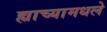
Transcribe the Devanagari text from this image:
ह्याच्यामधले